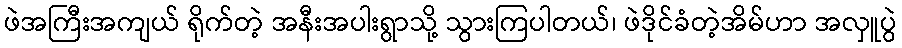
ဖဲအကြီးအကျယ် ရိုက်တဲ့ အနီးအပါးရွာသို့ သွားကြပါတယ်၊ ဖဲဒိုင်ခံတဲ့အိမ်ဟာ အလှူပွဲ